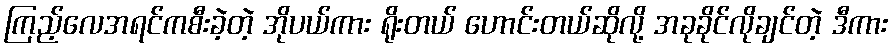
ကြည့်လေအရင်ကစီးခဲ့တဲ့ အိုပယ်ကား ရိုးတယ် ဟောင်းတယ်ဆိုလို့ အခုခိုင်လိုချင်တဲ့ ဒီကား